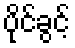
ပိုင်ခွင့်